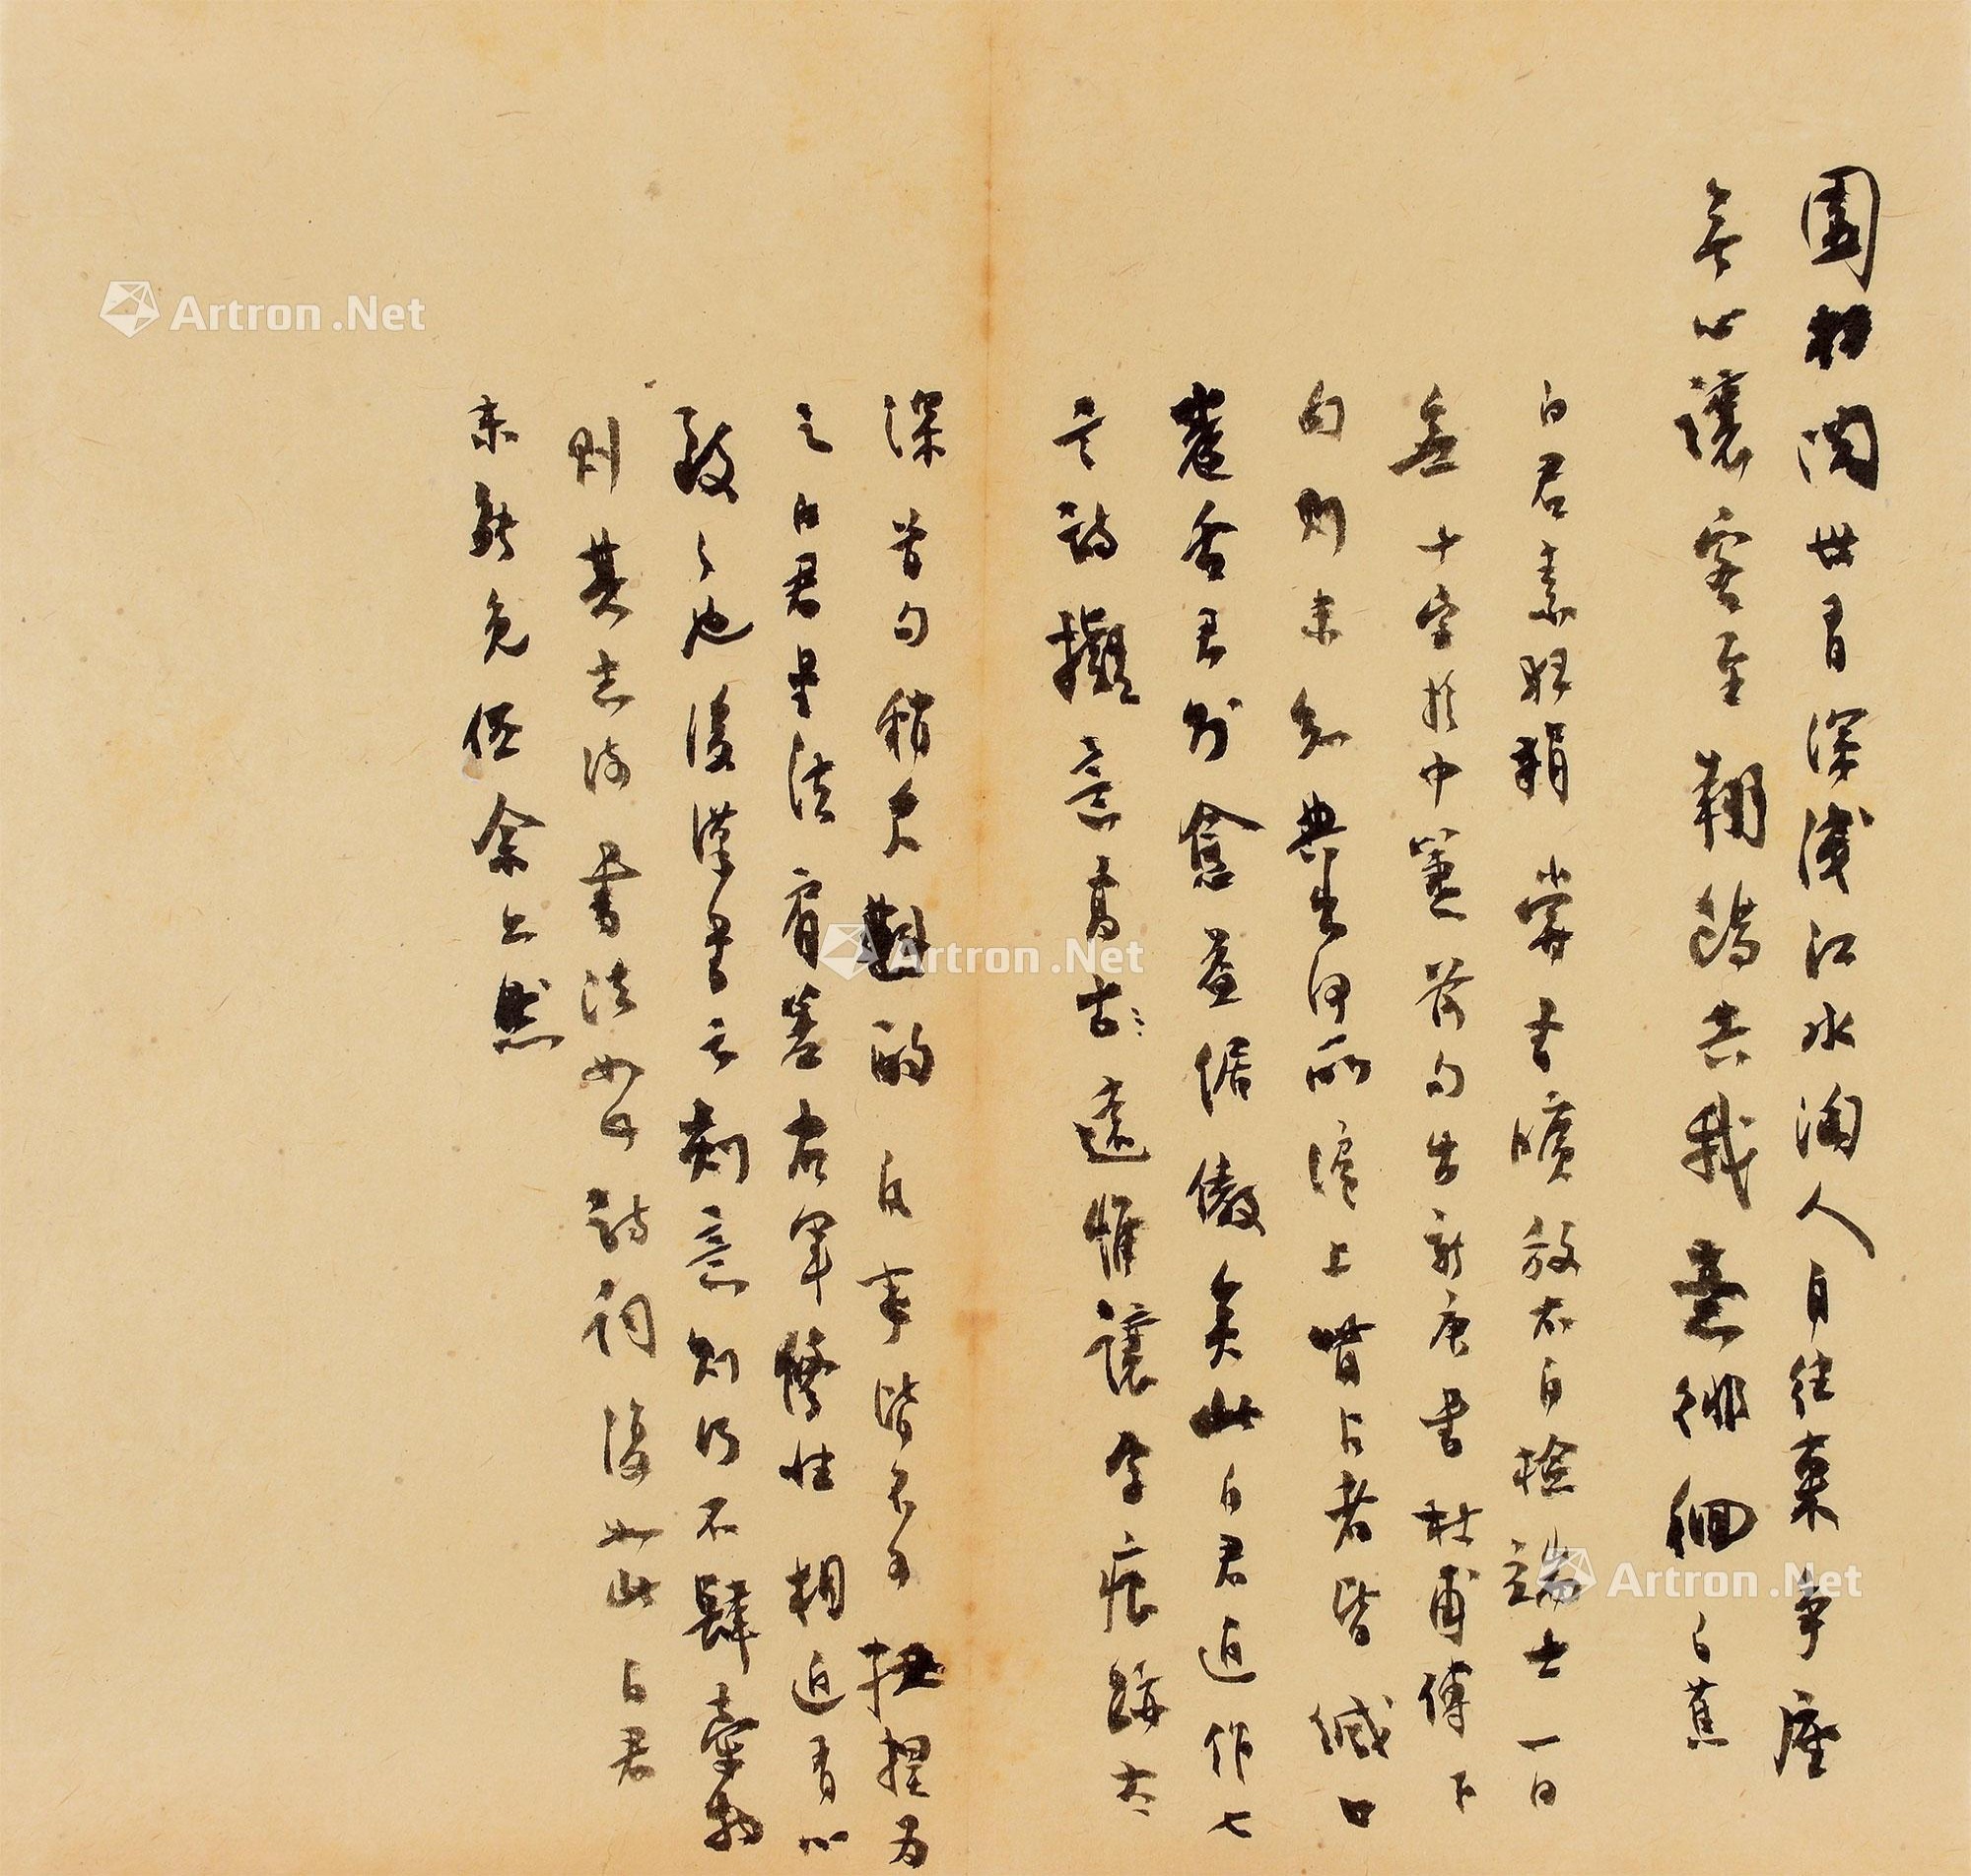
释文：园柯阅世有深浅，江水淘人自往来。争座无心让客至，翔鸥共我意徘徊。（白蕉）白君素狂捐，尝书“旷放不自检，端士一日无”十字于巾箑。前句出《新唐书》杜甫传，下句则未知典出何所，沪上眦占者覩此皆缄口卷舌，君则愈益倨傲矣。此白君近作七言诗，拟意高远，惟“让”字痕迹太深，首句稍欠斟酌。凡事皆不可扭捏为之。白君书法肩差右军，修性相近有以致之也。《后汉书》云：“刻意则行不肆，牵物则其志流。”书法如此，诗词复如此。白君未能免俗。余亦然。